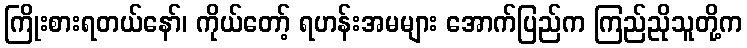
ကြိုးစားရတယ်နော်၊ ကိုယ်တော့် ရဟန်းအမများ အောက်ပြည်က ကြည်ညိုသူတို့က